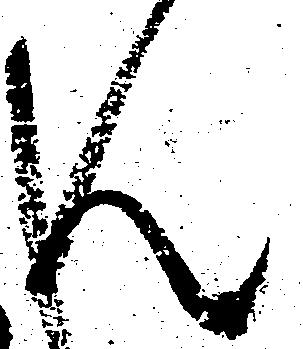
ん